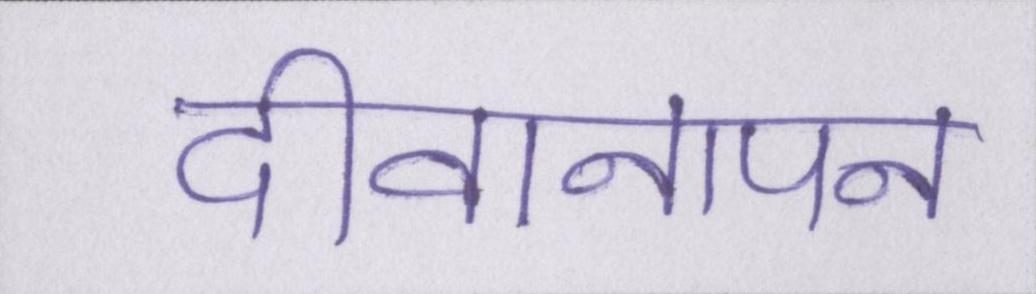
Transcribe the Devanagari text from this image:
दीवानापन